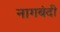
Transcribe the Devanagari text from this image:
नागबंदी